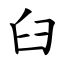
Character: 臼